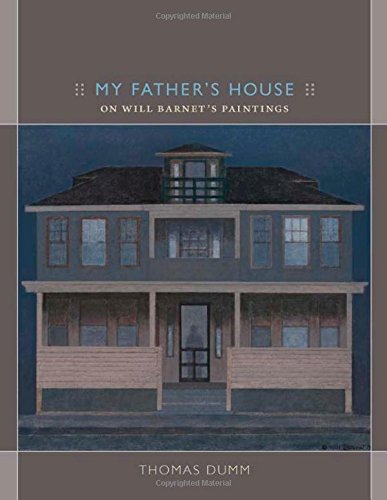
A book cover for My Father's House: On Will Barnet's Painting; Thomas Dumm; Arts & Photography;